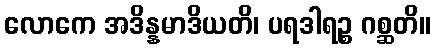
လောကေ အဒိန္နမာဒိယတိ၊ ပရဒါရဉ္စ ဂစ္ဆတိ။